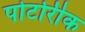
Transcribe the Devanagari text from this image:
पोर्टोरीक